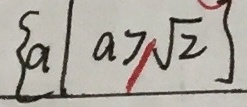
\{ a \vert a \geq \sqrt { 2 } \}